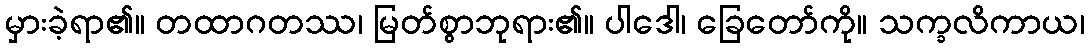
မှားခဲ့ရာ၏။ တထာဂတဿ၊ မြတ်စွာဘုရား၏။ ပါဒေါ၊ ခြေတော်ကို။ သက္ခလိကာယ၊